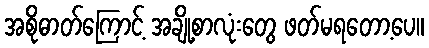
အစိုဓာတ်ကြောင့် အချို့စာလုံးတွေ ဖတ်မရတော့ပေ။